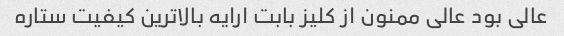
عالی بود عالی ممنون از کلیز بابت ارایه بالاترین کیفیت ستاره